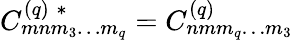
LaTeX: C_{mnm_{3}\ldots m_{q}}^{(q)\; *}=C_{nmm_{q}\ldots m_{3}}^{(q)}